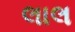
લાલ